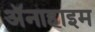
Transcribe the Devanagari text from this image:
अॅनाहाइम